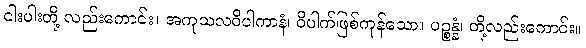
ငါးပါးတို့ လည်းကောင်း။ အကုသလဝိပါကာနံ၊ ဝိပါက်ဖြစ်ကုန်သော။ ပဉ္စန္နံ၊ တို့လည်းကောင်း။